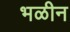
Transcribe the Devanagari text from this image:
भळीन